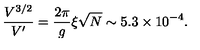
{ \frac { V ^ { 3 / 2 } } { V ^ { \prime } } } = { \frac { 2 \pi } { g } } { \xi \sqrt N } \sim 5 . 3 \times 1 0 ^ { - 4 } .